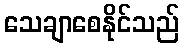
သေချာစေနိုင်သည်